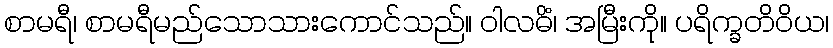
စာမရီ၊ စာမရီမည်သောသားကောင်သည်။ ဝါလဓိံ၊ အမြီးကို။ ပရိက္ခတိဝိယ၊